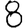
Digit: 8